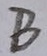
Text: B